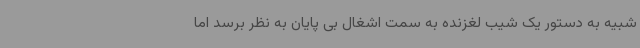
شبیه به دستور یک شیب لغزنده به سمت اشغال بی پایان به نظر برسد اما